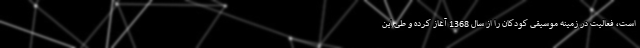
است، فعالیت در زمینه موسیقی کودکان را از سال 1368 آغاز کرده و طی این